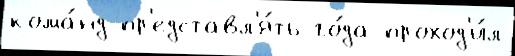
кома́нд пр'едставл'я́ть го́да проход'и́л